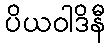
ပိယဝါဒိနီ